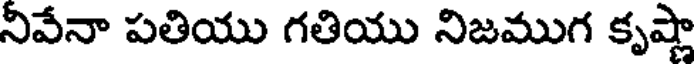
నివేనా పతియు గతియు నిజముగ కృష్ణా